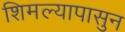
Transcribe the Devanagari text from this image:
शिमल्यापासुन